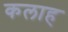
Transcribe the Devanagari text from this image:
कलाह